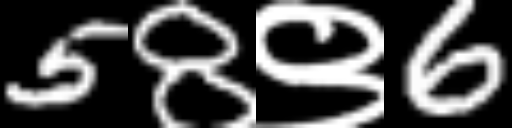
Text: 58९6